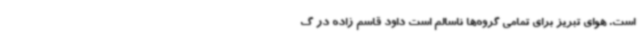
است. هوای تبریز برای تمامی گروه‌ها ناسالم است داود قاسم زاده در گ